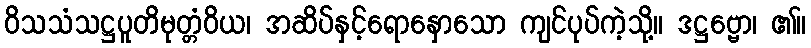
ဝိသသံသဋ္ဌပူတိမုတ္တံဝိယ၊ အဆိပ်နှင့်ရောနှောသော ကျင်ပုပ်ကဲ့သို့။ ဒဋ္ဌဗ္ဗော၊ ၏။